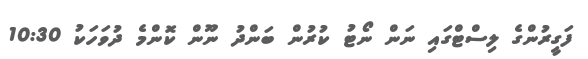
ފަގީރުންގެ ލިސްޓްގައި ނަން ނޯޓު ކުރުން ބަންދު ނޫން ކޮންމެ ދުވަހަކު 10:30